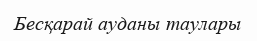
Бесқарай ауданы таулары